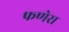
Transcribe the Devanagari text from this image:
फणेरा